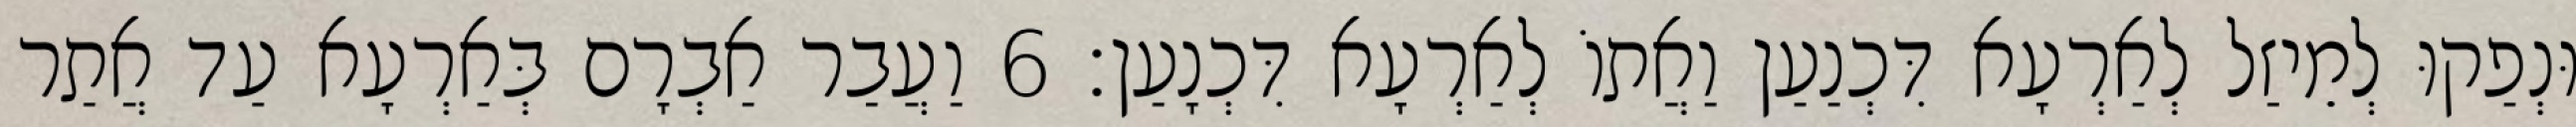
וּנְפַקוּ לְמֵיזַל לְאַרְעָא דִּכְנַעַן וַאֲתוֹ לְאַרְעָא דִּכְנָעַן׃ 6 וַעֲבַר אַבְרָם בְּאַרְעָא עַד אֲתַר